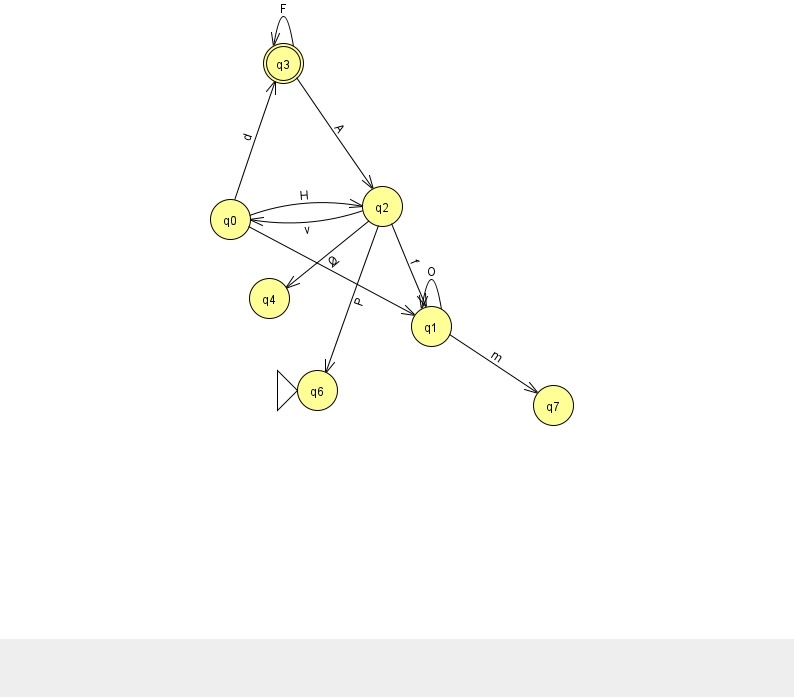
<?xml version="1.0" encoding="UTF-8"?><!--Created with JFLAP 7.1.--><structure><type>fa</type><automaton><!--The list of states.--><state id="0" name="q0"><x>230.0</x><y>206.0</y></state><state id="1" name="q1"><x>431.0</x><y>313.0</y></state><state id="2" name="q2"><x>382.0</x><y>193.0</y></state><state id="3" name="q3"><x>283.0</x><y>50.0</y><final/></state><state id="4" name="q4"><x>269.0</x><y>285.0</y></state><state id="6" name="q6"><x>317.0</x><y>377.0</y><initial/></state><state id="7" name="q7"><x>553.0</x><y>392.0</y></state><!--The list of transitions.--><transition><from>0</from><to>1</to><read>V</read></transition><transition><from>0</from><to>3</to><read>d</read></transition><transition><from>1</from><to>7</to><read>m</read></transition><transition><from>2</from><to>6</to><read>P</read></transition><transition><from>0</from><to>2</to><read>H</read></transition><transition><from>3</from><to>3</to><read>F</read></transition><transition><from>2</from><to>4</to><read>O</read></transition><transition><from>2</from><to>0</to><read>v</read></transition><transition><from>3</from><to>2</to><read>A</read></transition><transition><from>2</from><to>1</to><read>f</read></transition><transition><from>1</from><to>1</to><read>O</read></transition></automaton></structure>